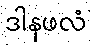
ဒါနဖလံ